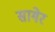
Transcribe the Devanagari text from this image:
सागेर